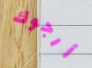
أرجوك